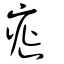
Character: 㿅